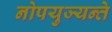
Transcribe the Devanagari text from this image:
नोपयुज्यन्ते